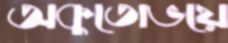
অকুতোভয়ে